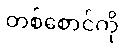
တစ်စောင်ကို